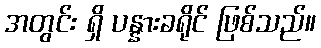
အတွင်း ရှိ ပန္နားခရိုင် ဖြစ်သည်။